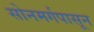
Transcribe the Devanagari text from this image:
सोनमर्गपासून